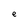
Character: e